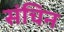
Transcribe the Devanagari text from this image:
संचिन